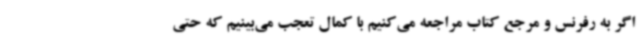
اگر به رفرنس و مرجع کتاب مراجعه می‌کنیم با کمال تعجب می‌بینیم که حتی